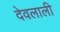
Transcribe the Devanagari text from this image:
देवलाली